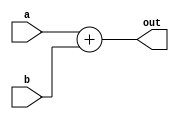
`timescale 1ns / 1ps
//////////////////////////////////////////////////////////////////////////////////
// 
// Design Name: Adder for signed numbers. 
// Module Name: adder
// Project Name: Let's build a processor
// Target Devices: 
// Tool Versions: 
// Description: 
// Enabel signal (i.e. EN) must always be high to enable the adder to change its output @ the rising clock edge
// The adder will some the two inputs and output them at the outout port.
// Negative input must be in the 2's complement format
// Dependencies: 
// 
// Revision:
// Revision 0.01 - File Created
// Additional Comments:
// **Note** negative singed integers can be inputs, however, they must be in 2's comploment format.
//////////////////////////////////////////////////////////////////////////////////
module adder #(parameter WIDTH=63) (
    input [WIDTH:0] a,b,
    output reg [WIDTH:0] out
    );
    
    always @ *
        begin
        out = a+b;
        end
    //assign out = out_w;

    
endmodule